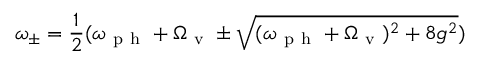
\omega _ { \pm } = \frac { 1 } { 2 } ( \omega _ { \mathrm { ~ p ~ h ~ } } + \Omega _ { \mathrm { ~ v ~ } } \pm \sqrt { ( \omega _ { \mathrm { ~ p ~ h ~ } } + \Omega _ { \mathrm { ~ v ~ } } ) ^ { 2 } + 8 g ^ { 2 } } )